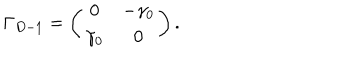
\Gamma _ { D - 1 } = \left( \begin{array} { c c } { { 0 } } & { { - \gamma _ { 0 } } } \\ { { \gamma _ { 0 } } } & { { 0 } } \\ \end{array} \right) .